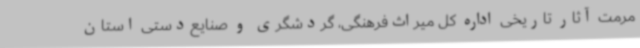
مرمت آثار تاریخی اداره‌ کل میراث‌فرهنگی، گردشگری و صنایع‌دستی استان